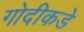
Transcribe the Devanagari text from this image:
गोदीकडे